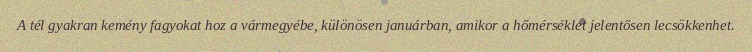
A tél gyakran kemény fagyokat hoz a vármegyébe, különösen januárban, amikor a hőmérséklet jelentősen lecsökkenhet.